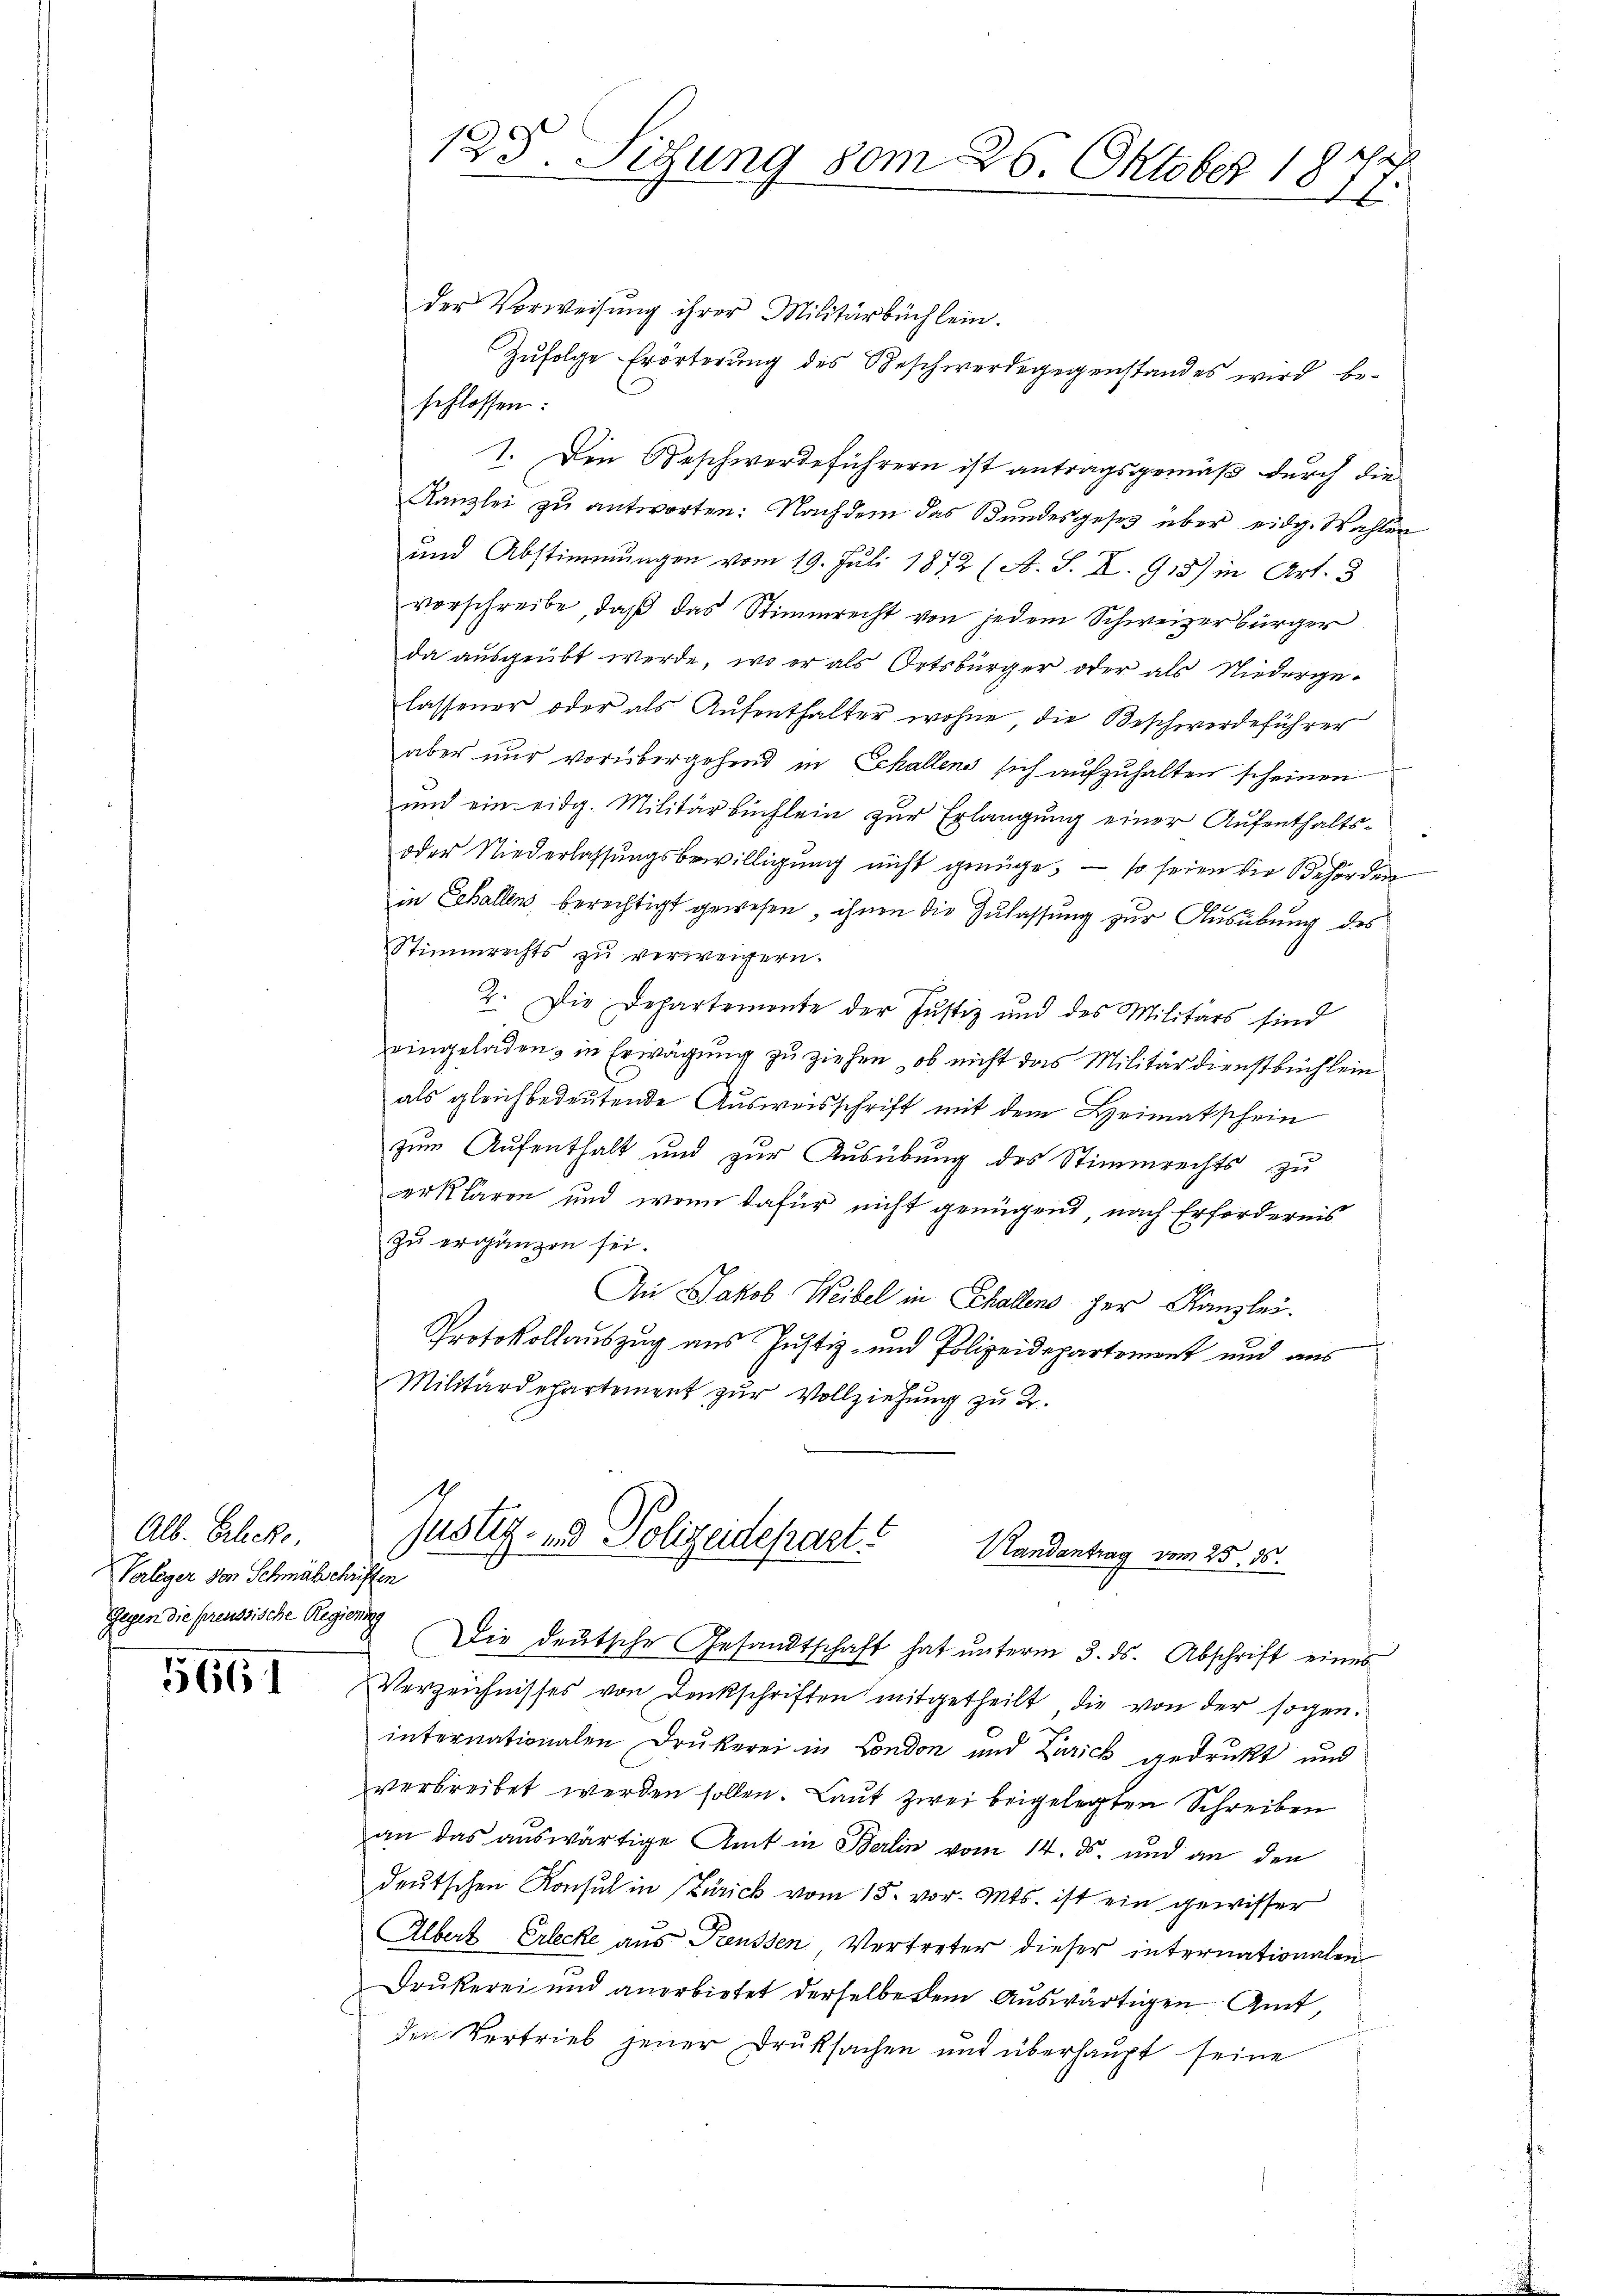
Alb. Erlecke,
Verleger von Schmähschriften
Gegen die preussische Regierung

5661

125. Sitzung vom 26. Oktober 18
A

der Vorweisung ihrer Militärbüchlein.
Zufolge Erörterung des Beschwerdegegenstandes wird beschlossen:
I. Den Beschwerdeführern ist antragsgemäß durch die
Kanzlei zu antworten: Nachdem das Bundesgesetz über eidg. Wahlen
und Abstimmungen vom 19. Juli 1872 (A. S. II. 918) in Art. 3
vorschreibe, daß das Stimmrecht von jedem Schweizerbürger
da ausgeübt werde, wo er als Ortsbürger oder als Niedergelassener oder als Aufenthalter wohne die Beschwerdeführer
aber nur vorübergehend in Echallen sich aufzuhalten scheinen
und ein eidg. Militärbuchlein zur Erlangung einer Aufenthalts¬
oder Niederlassungsbewilligung nicht genüge; — so seien die Behörden
in Schallens, berechtigt gewesen, ihnen die Zulassung zur Ausübung des
Stimmrechts zu verweigern.
2. Die Departemonte der Justiz und des Militärs sind
eingeladen, in Erwägung zu ziehen, ob nicht das Militärdienstbüchlein
als gleichbedeutende Ausweisschrift mit dem Heimatschein
zum Aufenthalt und zur Ausübung des Stimmrechts zu
erklären und wenn dafür nicht genügend nach Erfordernis
zu ergänzen sei.
An Jakob Weibel in Schallens der Kanzlei.
Protokollauszug aus Justiz- und Polizeidepartement und aus
Militärdepartement zur Vollziehung zu 2.

1
justiz- und Polizeidepart?
Vandantrag vom 25. ds.

Die deŭtsche Gesandtschaft hat ŭnterm 3. ds. Abschrift eines
Verzeichnisses von Denkschriften mitgetheilt die von der sogen.
internationalen Drukerei in London und Zurick gedrukt und
verbreibet werden sollen. Laut zwei beigelegten Schreiben
an das auswärtige Amt in Berlin vom 14. ds. und an den
deutschen Konsul in Zürich vom 15. vor. Mts. ist ein gewisser
Albert Erlecke aus Preussen Vertreter dieser internationalen
Drukerei und anerbietet derselbe dem Auswärtigen Amt,
den Vertrieb jener Druksachen und überhaupt seine